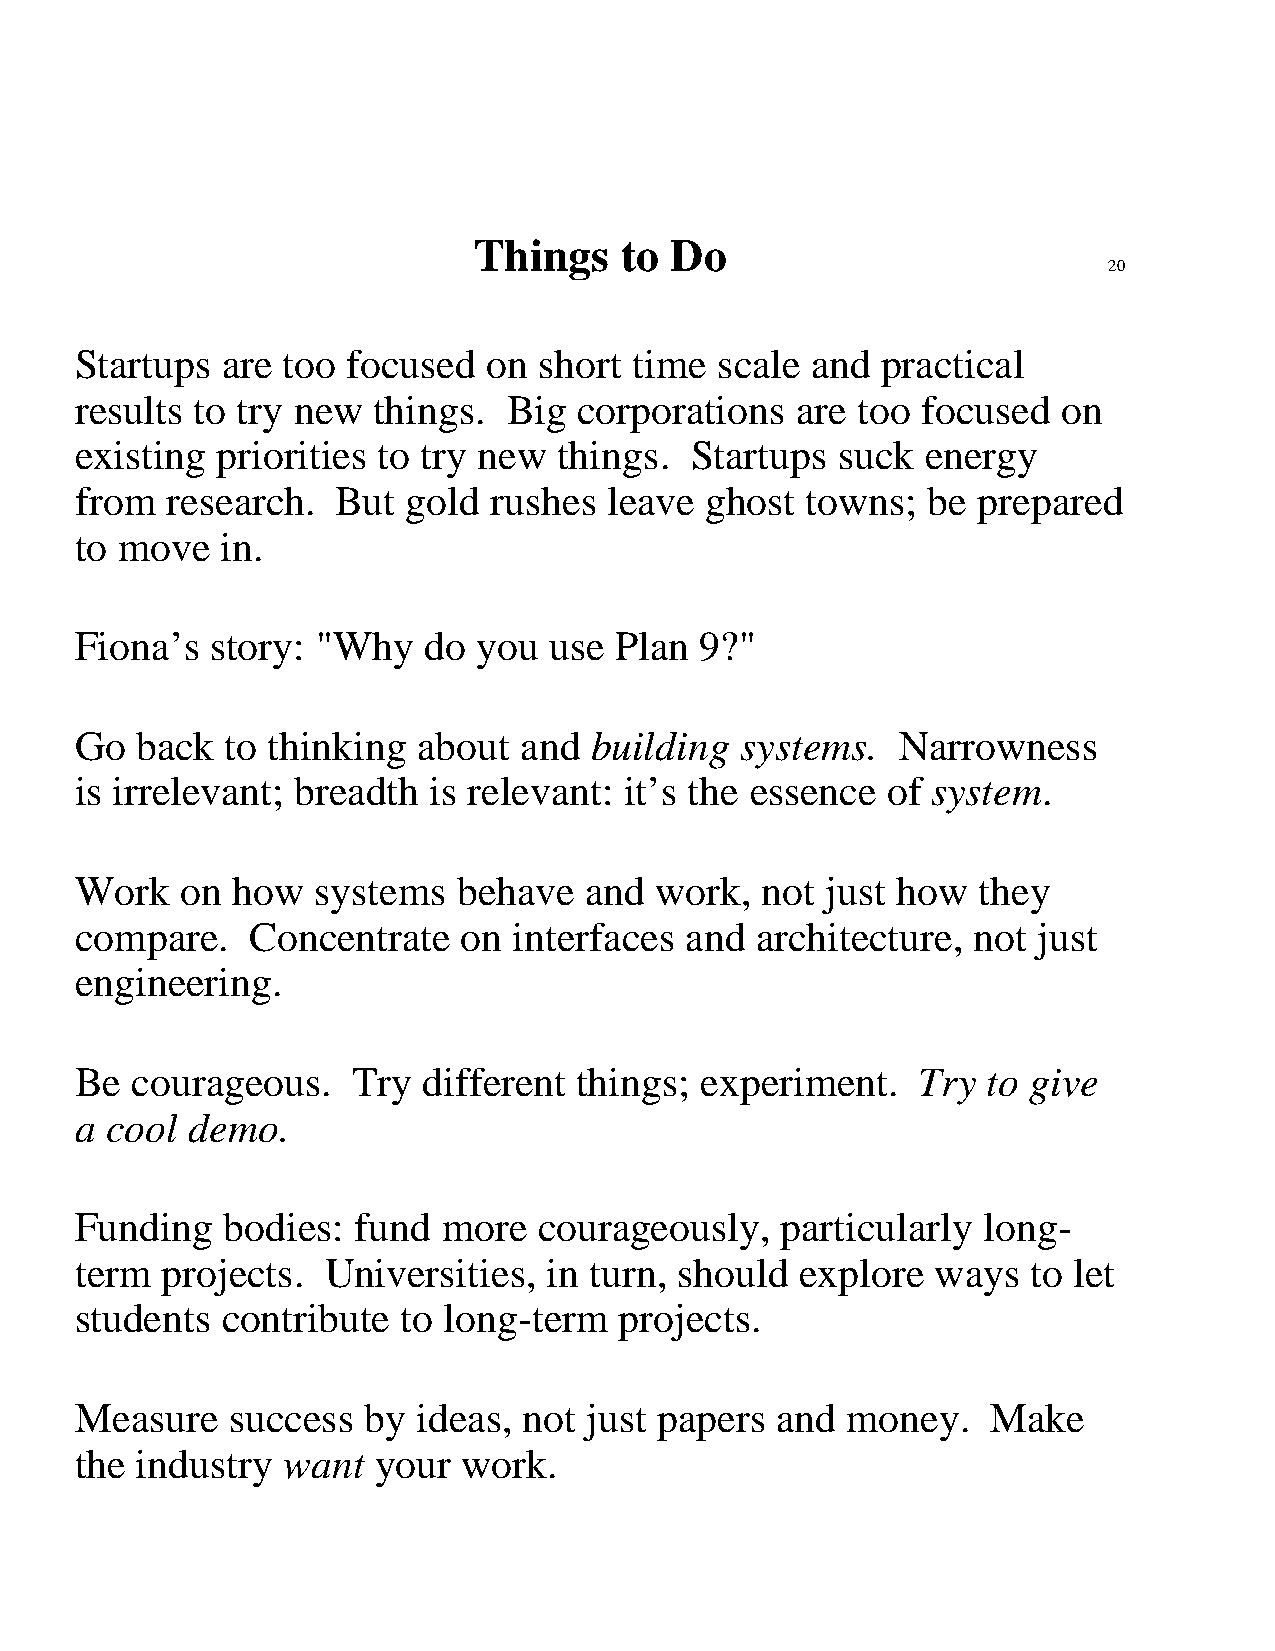
Things    to Do
 20
 Startups  are too focused  on  short time scale  and practical
 results to try new  things.  Big corporations   are too focused  on
 existing priorities to try new  things.  Startups suck  energy
 from  research.  But  gold rushes  leave  ghost towns;  be  prepared
 to move   in.
 Fiona’s  story: "Why   do  you use  Plan 9?"
 Go  back  to thinking  about and  building  systems.   Narrowness
 is irrelevant; breadth is relevant: it’s the essence  of system.
 Work   on how   systems  behave   and work,  not  just how  they
 compare.   Concentrate    on interfaces and  architecture, not  just
 engineering.
 Be  courageous.   Try  different things; experiment.    Try to give
 a cool demo.
 Funding   bodies:  fund more   courageously,   particularly long-
 term  projects. Universities,  in turn, should  explore  ways  to let
 students  contribute  to long-term  projects.
 Measure   success  by  ideas, not just papers and  money.    Make
 the industry  want  your  work.